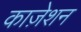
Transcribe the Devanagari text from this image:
काज़ेशन